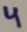
Text: 4